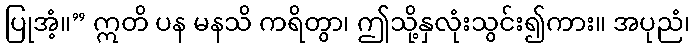
ပြုအံ့။” ဣတိ ပန မနသိ ကရိတွာ၊ ဤသို့နှလုံးသွင်း၍ကား။ အပုညံ၊